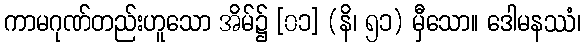
ကာမဂုဏ်တည်းဟူသော အိမ်၌ [၀၁] (နိ၊ ၅၁) မှီသော။ ဒေါမနဿံ၊